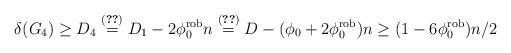
LaTeX: \begin{align*}\delta(G_4) \ge D_4 \stackrel{(\ref{eq:phi0rob})}{=} D_1 - 2 \phi_0^{\rm rob}n \stackrel{(\ref{eqD1})}{=} D - (\phi_0 + 2 \phi^{\rm rob}_0 )n \ge (1 - 6 \phi^{\rm rob}_0) n/2\end{align*}